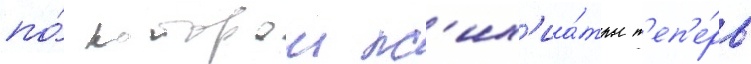
по́ которои пс'их'иа́тры т'еп'е́рь